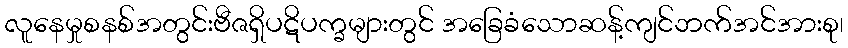
လူနေမှုစနစ်အတွင်းဗီဇရှိပဋိပက္ခများတွင် အခြေခံသောဆန့်ကျင်ဘက်အင်အားစု၊